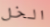
الخل